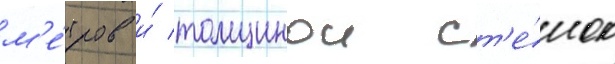
м'е́тров и́ толщинои ст'е́нок